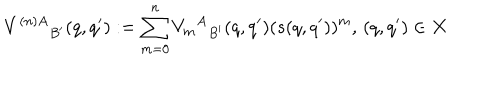
{ V ^ { ( n ) A } } _ { B ^ { \prime } } ( q , q ^ { \prime } ) : = \sum _ { m = 0 } ^ { n } { { V _ { m } } ^ { A } } _ { B ^ { \prime } } ( q , q ^ { \prime } ) ( s ( q , q ^ { \prime } ) ) ^ { m } , \, ( q , q ^ { \prime } ) \in X